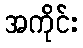
အကိုင်း